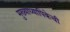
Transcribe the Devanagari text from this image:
मुख्याध्यापिकेची